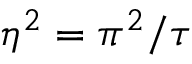
\eta ^ { 2 } = \pi ^ { 2 } / \tau